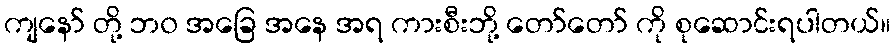
ကျနော် တို့ ဘ၀ အခြေ အနေ အရ ကားစီးဘို့ တော်တော် ကို စုဆောင်းရပါတယ်။